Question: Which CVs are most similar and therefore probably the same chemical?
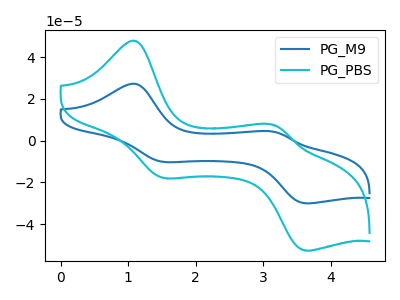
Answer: <think>The blue curve "PG_M9" has anodic peaks at (1.10V, 27.25uA) (3.15V, 4.20uA) and cathodic peaks at (1.50V, -10.20uA) (3.65V, -30.00uA). The cyan curve "PG_PBS" has anodic peaks at (1.10V, 47.80uA) (3.15V, 7.40uA) and cathodic peaks at (1.50V, -17.90uA) (3.65V, -52.65uA).
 All the peaks in "PG_M9" have a peak in "PG_PBS" at the same potential. Every peak in "PG_M9" is lower than every peak in "PG_PBS".</think>
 <answer>"PG_PBS" and "PG_M9" have the same shape and are likely CV's of the same chemical.</answer>
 <eval>"PG_PBS" "PG_M9"</eval>